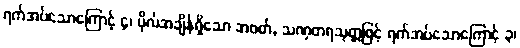
ရက်အပ်သောကြောင့် ၄၊ ပိုလ်အချိန်ရှိသော အဝတ်, သဏှတရသုတ္တဖြင့် ရက်အပ်သောကြောင့် ၃၊